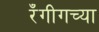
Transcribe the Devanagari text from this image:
रँगीगच्या